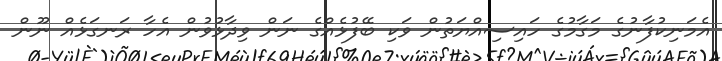
އެމަނިކުފާނުގެ މަގާމުގެ ހައިސިއްޔަތުން ވަކި ބޭފުޅެއްގެ ނަން ވިދާޅުވުން އެހާ ރަނގަޅެއް ނޫން